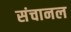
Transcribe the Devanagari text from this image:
संचानल